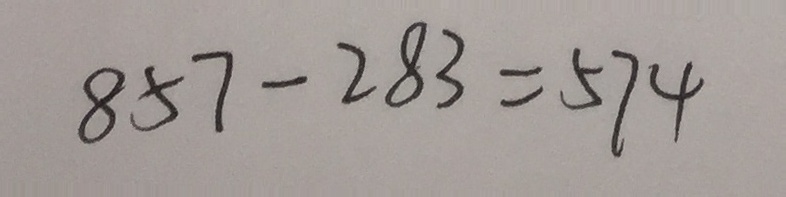
8 5 7 - 2 8 3 = 5 7 4